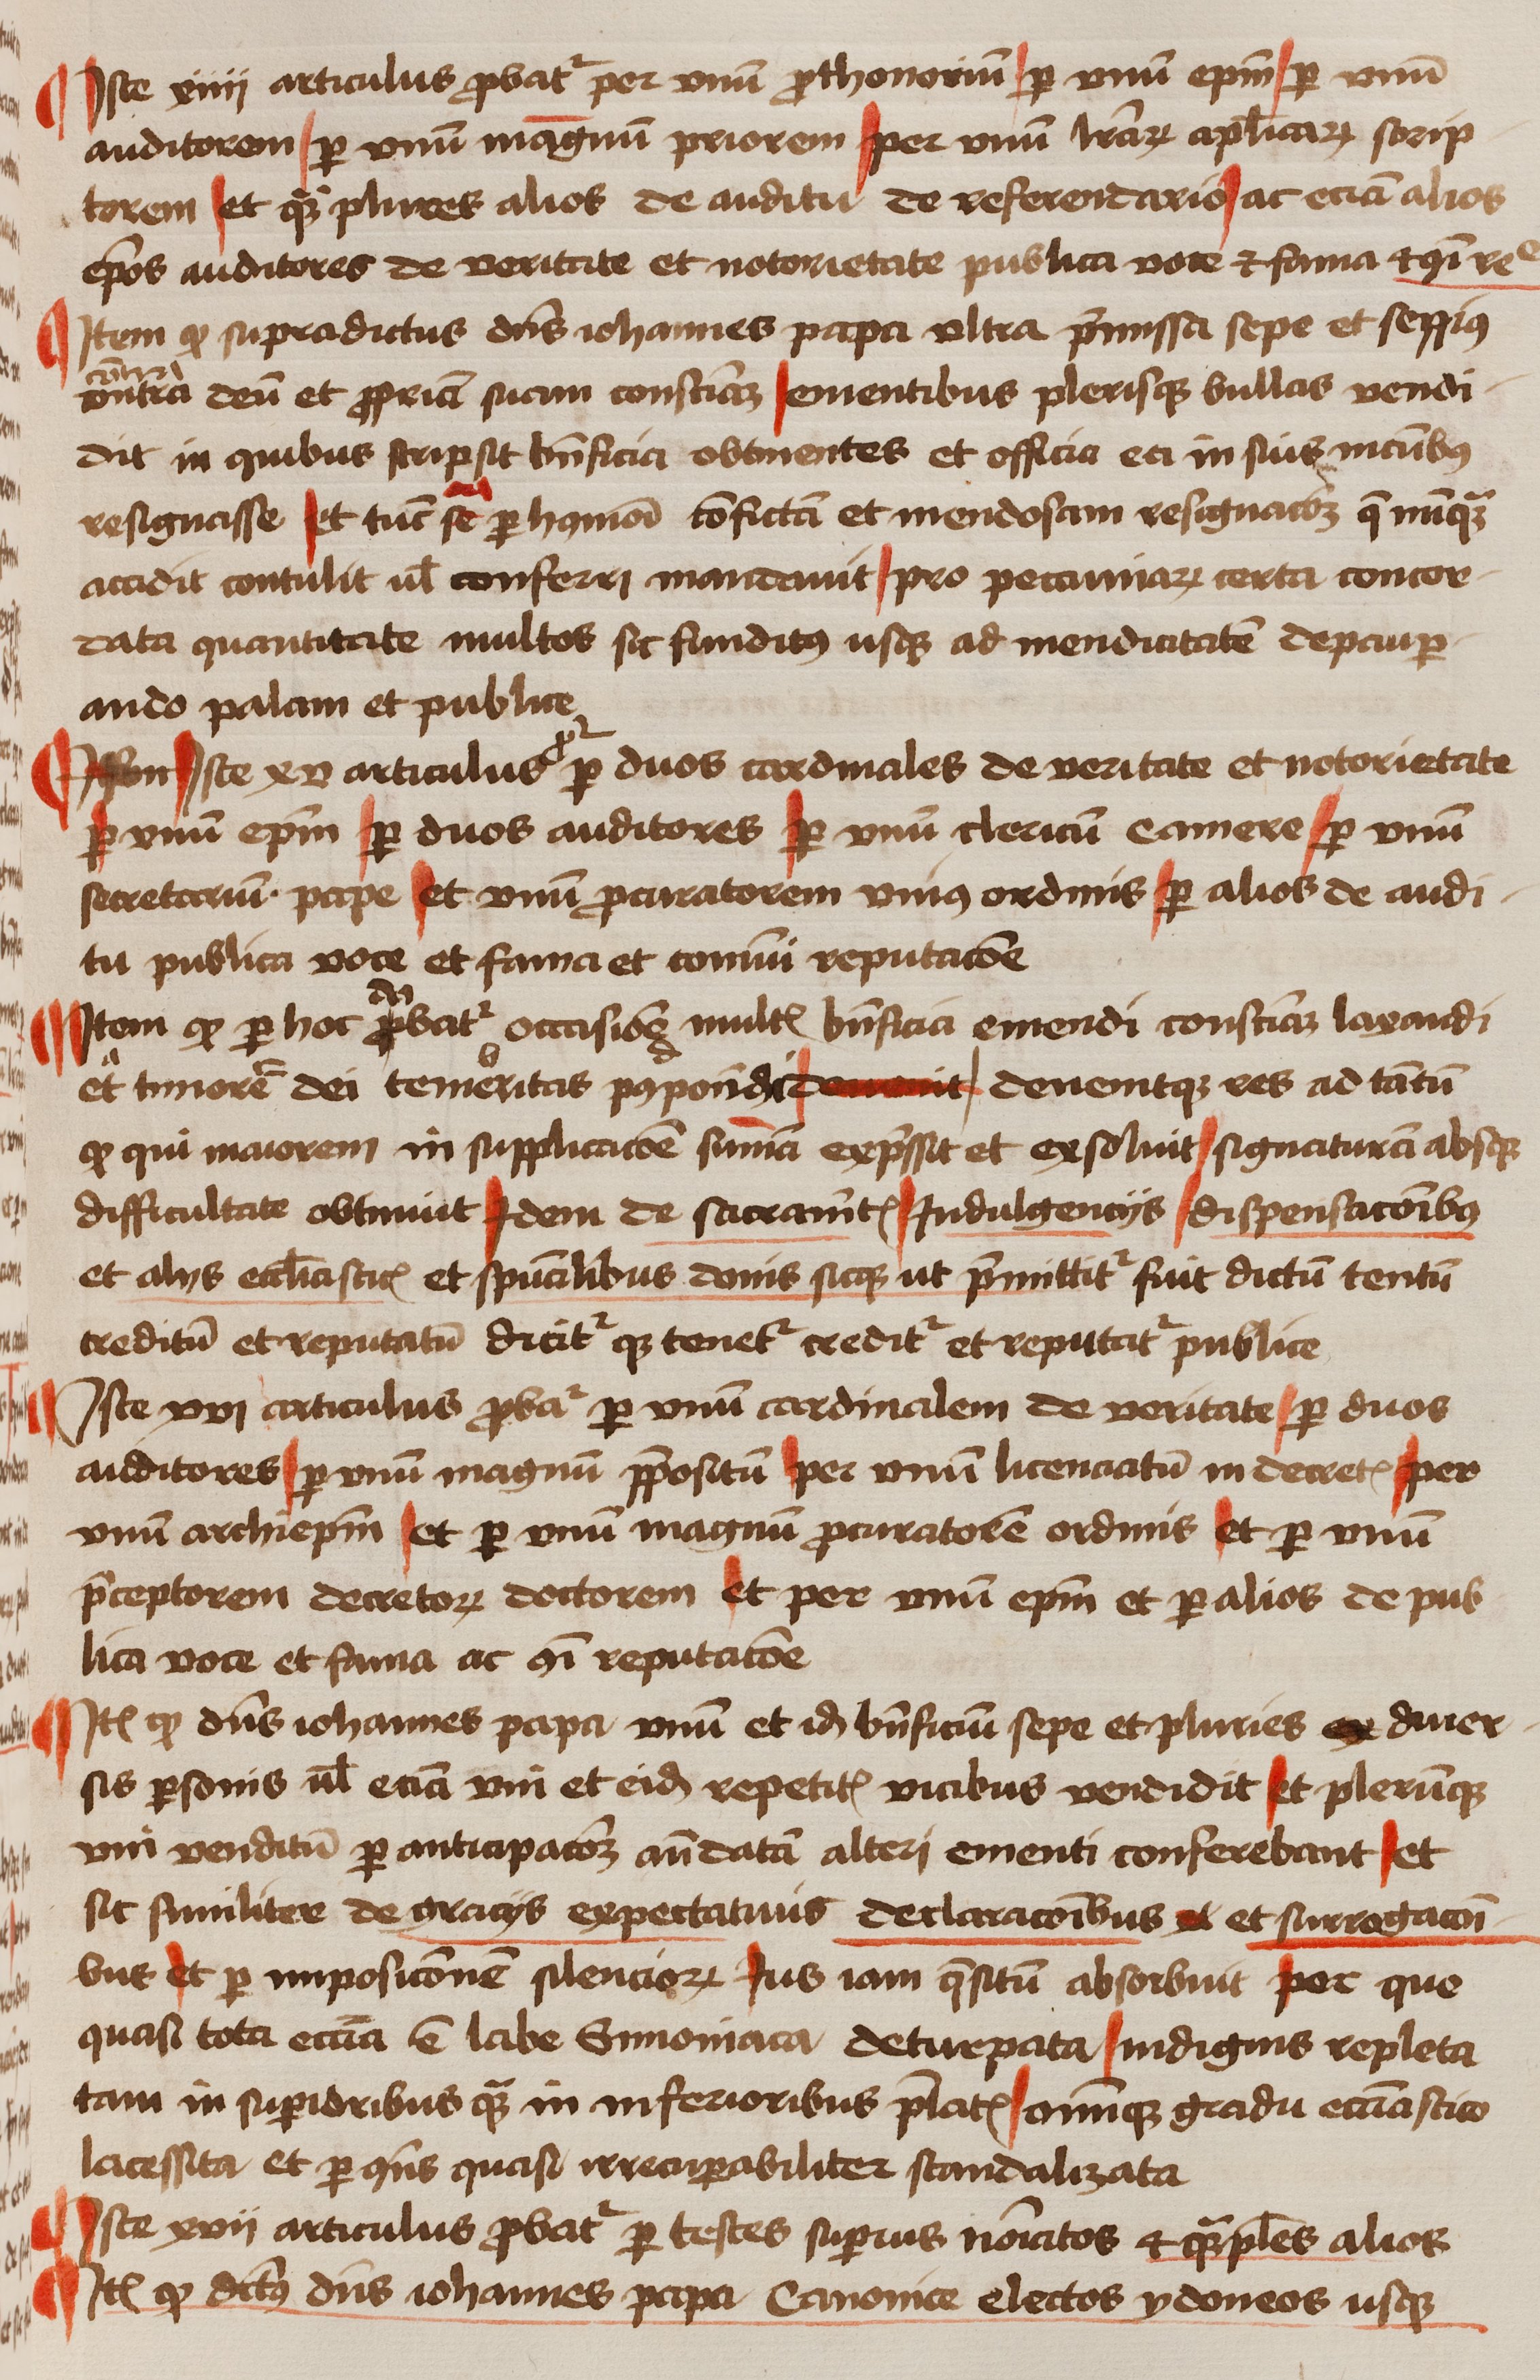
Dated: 1450–1474